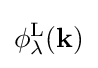
\phi _{\lambda }^{\mathrm {L} }(\mathbf {k} )